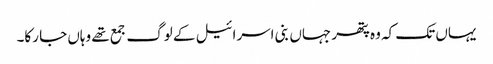
یہاں تک کہ وہ پتھر جہاں بنی اسرائیل کے لوگ جمع تھے وہاں جا رکا۔